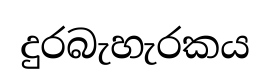
දුරබැහැරකය